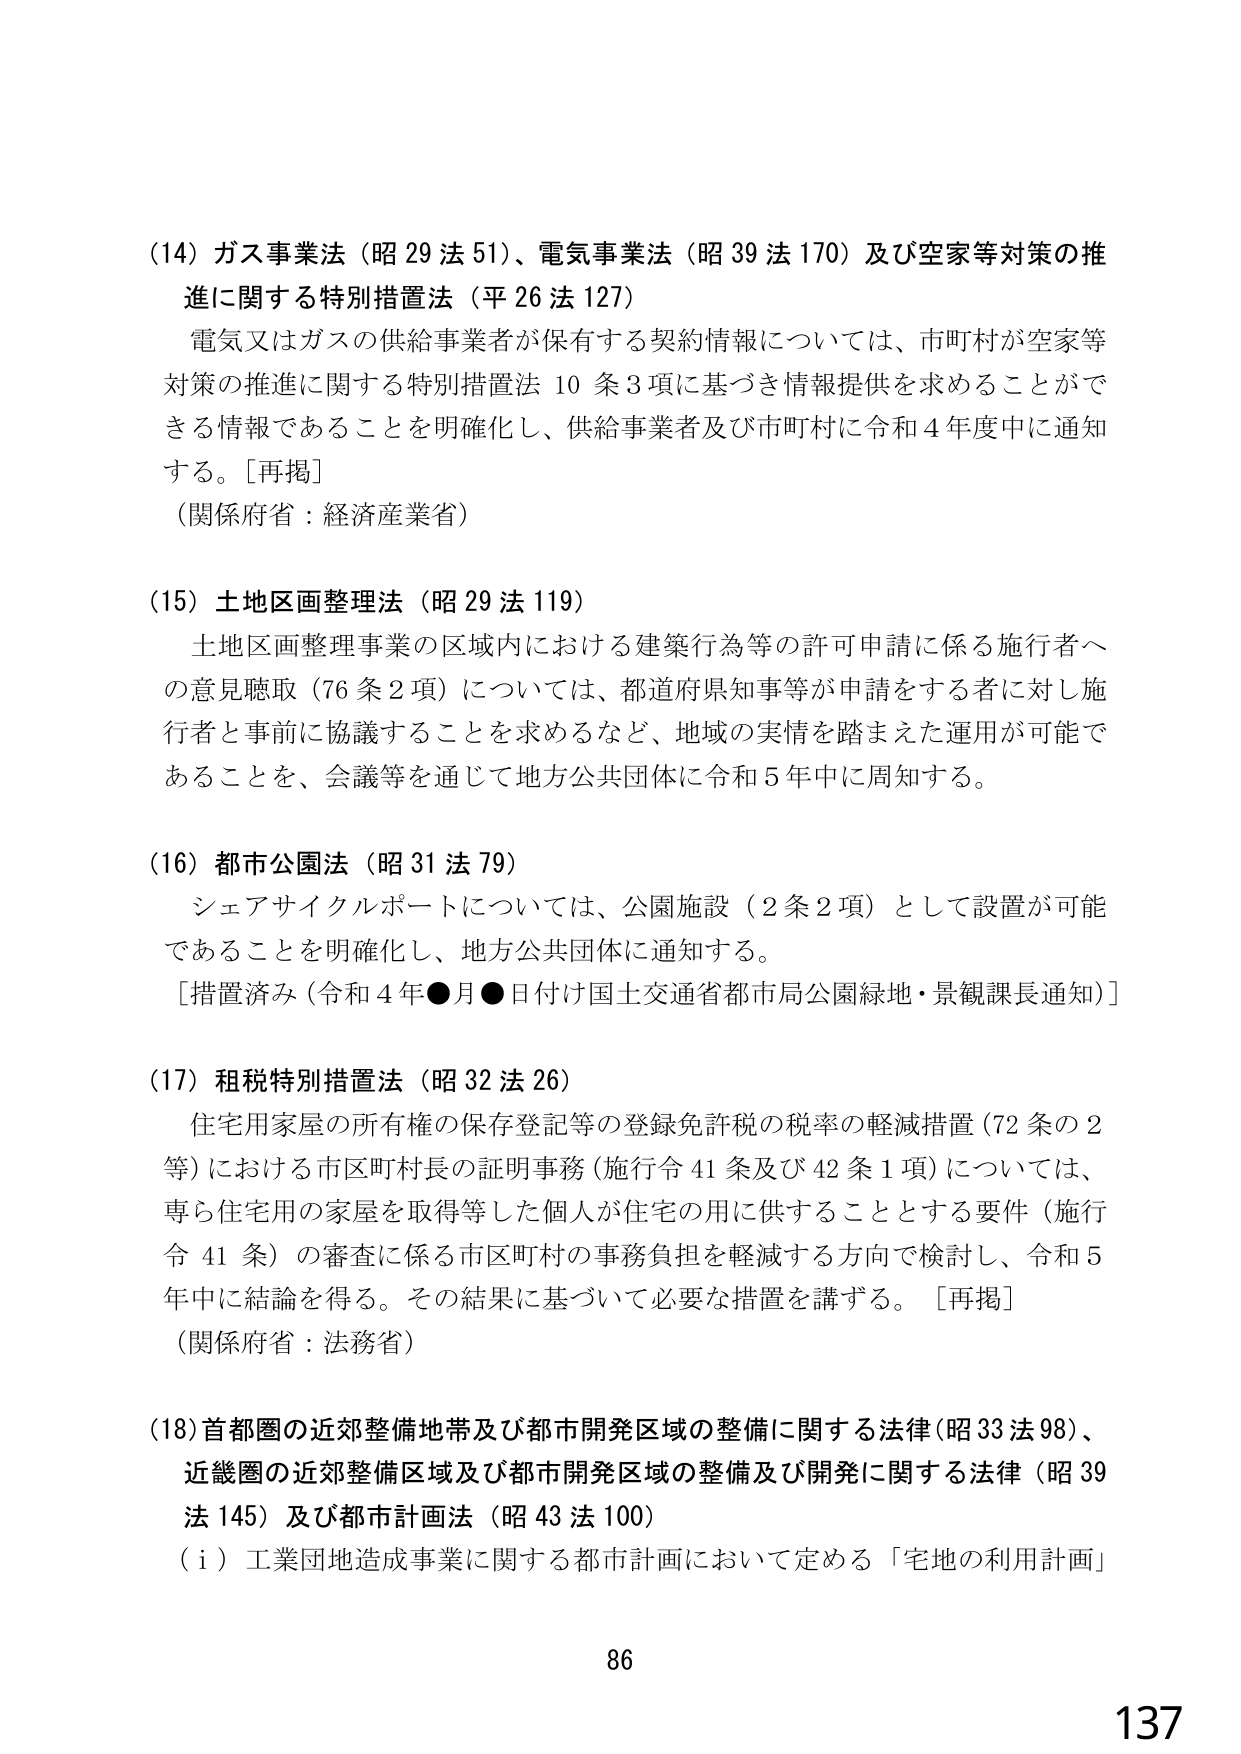
(14) ガス事業法（昭29法51）、電気事業法（昭39法170）及び空家等対策の推進に関する特別措置法（平26法127）
電気又はガスの供給事業者が保有する契約情報については、市町村が空家等対策の推進に関する特別措置法10条3項に基づき情報提供を求めることができる情報であることを明確化し、供給事業者及び市町村に令和4年度中に通知する。[再掲]
（関係府省：経済産業省）

(15) 土地区画整理法（昭29法119）
土地区画整理事業の区域内における建築行為等の許可申請に係る施行者への意見聴取（76条2項）については、都道府県知事等が申請をする者に対し施行者と事前に協議することを求めるなど、地域の実情を踏まえた運用が可能であることを、会議等を通じて地方公共団体に令和5年中に周知する。

(16) 都市公園法（昭31法79）
シェアサイクルポートについては、公園施設（2条2項）として設置が可能であることを明確化し、地方公共団体に通知する。
[措置済み（令和4年●月●日付け国土交通省都市局公園緑地・景観課長通知）]

(17) 租税特別措置法（昭32法26）
住宅用家屋の所有権の保存登記等の登録免許税の税率の軽減措置（72条の2等）における市区町村長の証明事務（施行令41条及び42条1項）については、専ら住宅用の家屋を取得等した個人が住宅の用に供することとする要件（施行令41条）の審査に係る市区町村の事務負担を軽減する方向で検討し、令和5年中に結論を得る。その結果に基づいて必要な措置を講ずる。[再掲]
（関係府省：法務省）

(18) 首都圏の近郊整備地帯及び都市開発区域の整備に関する法律（昭33法98）、近畿圏の近郊整備区域及び都市開発区域の整備及び開発に関する法律（昭39法145）及び都市計画法（昭43法100）
（i）工業団地造成事業に関する都市計画において定める「宅地の利用計画」

86
137